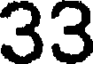
33